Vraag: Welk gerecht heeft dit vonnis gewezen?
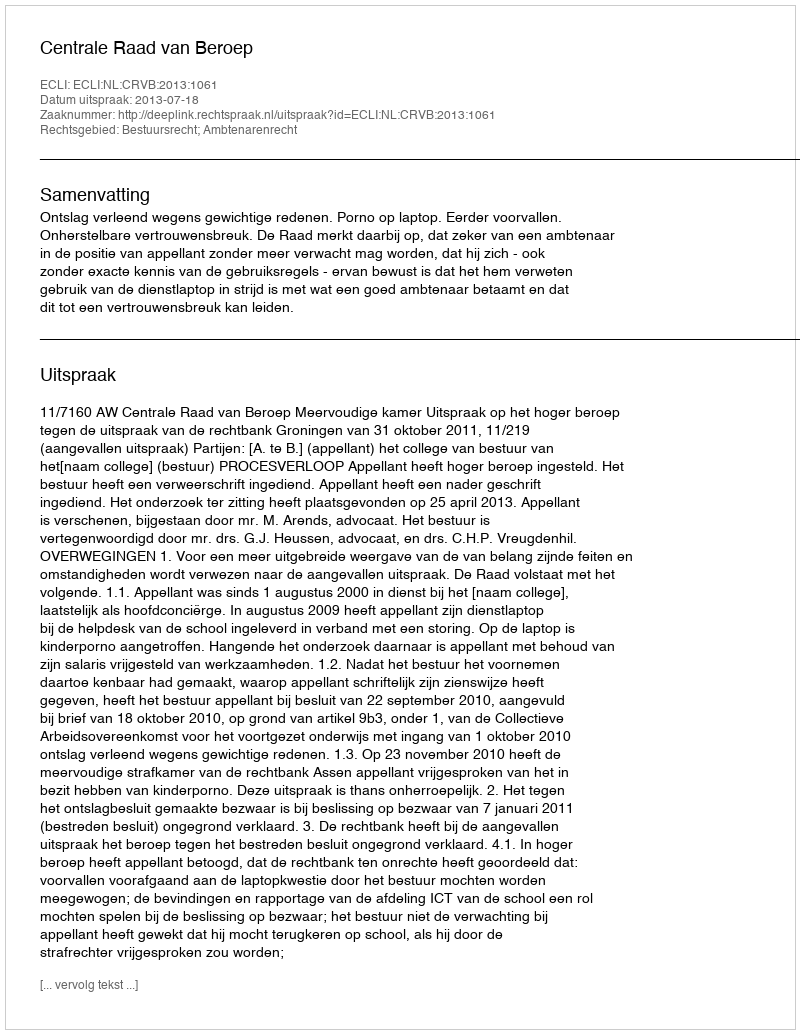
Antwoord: Centrale Raad van Beroep